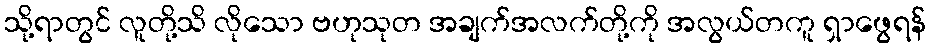
သို့ရာတွင် လူတို့သိ လိုသော ဗဟုသုတ အချက်အလက်တို့ကို အလွယ်တကူ ရှာဖွေရန်